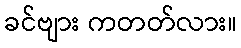
ခင်ဗျား ကတတ်လား။